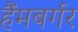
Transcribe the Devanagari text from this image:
हैंमबर्गर